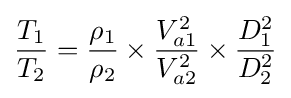
{\frac {T_{1}}{T_{2}}}={\frac {\rho _{1}}{\rho _{2}}}\times {\frac {V_{a1}^{2}}{V_{a2}^{2}}}\times {\frac {D_{1}^{2}}{D_{2}^{2}}}